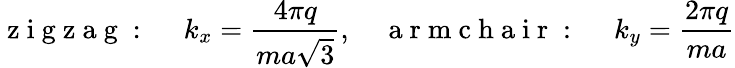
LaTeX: \mathrm{~z~i~g~z~a~g~:~}\quad k_{x}=\frac{4\pi q}{ma\sqrt{3}},\quad\mathrm{~a~r~m~c~h~a~i~r~:~}\quad k_{y}=\frac{2\pi q}{ma}